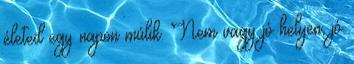
életed egy napon múlik. Nem vagy jó helyen, jó